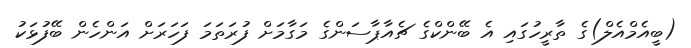
(ބީއެމްއެލް)ގެ ތާރީހުގައި އެ ބޭންކްގެ ޗެއާޕާސަންގެ މަގާމަށް ފުރަތަމަ ފަހަރަށް އަންހެން ބޭފުޅަކު